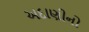
અદાણીનો